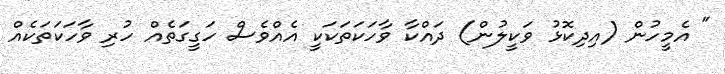
" އެމީހުން (އިދިކޮޅު ވަކީލުން) ދައްކާ ވާހަކަތަކަކީ އެއްވެސް ހަގީގަތެއް ހުރި ވާހަކަތަކެއް